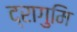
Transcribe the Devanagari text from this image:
द्रागुमि